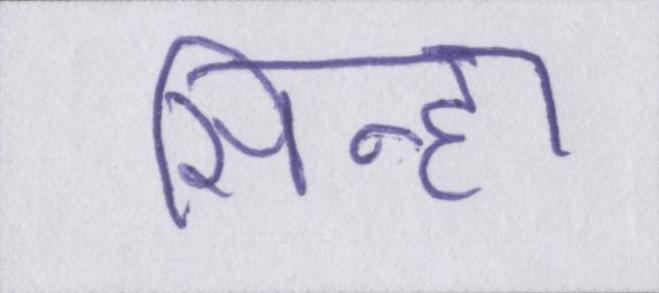
सिन्हा